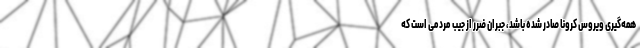
همه‌گیری ویروس کرونا صادر شده باشد، جبران ضرر از جیب مردمی است که